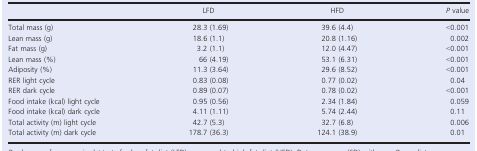
<table><thead><tr><td></td><td><b>LFD</b></td><td><b>HFD</b></td><td><b><i>P</i> value</b></td></tr></thead><tbody><tr><td>Total mass (g)</td><td>28.3 (1.69)</td><td>39.6 (4.4)</td><td>&lt;0.001</td></tr><tr><td>Lean mass (g)</td><td>18.6 (1.1)</td><td>20.8 (1.16)</td><td>0.002</td></tr><tr><td>Fat mass (g)</td><td>3.2 (1.1)</td><td>12.0 (4.47)</td><td>&lt;0.001</td></tr><tr><td>Lean mass (%)</td><td>66 (4.19)</td><td>53.1 (6.31)</td><td>&lt;0.001</td></tr><tr><td>Adiposity (%)</td><td>11.3 (3.64)</td><td>29.6 (8.52)</td><td>&lt;0.001</td></tr><tr><td>RER light cycle</td><td>0.83 (0.08)</td><td>0.77 (0.02)</td><td>0.04</td></tr><tr><td>RER dark cycle</td><td>0.89 (0.07)</td><td>0.78 (0.02)</td><td>&lt;0.001</td></tr><tr><td>Food intake (kcal) light cycle</td><td>0.95 (0.56)</td><td>2.34 (1.84)</td><td>0.059</td></tr><tr><td>Food intake (kcal) dark cycle</td><td>4.11 (1.11)</td><td>5.74 (2.44)</td><td>0.11</td></tr><tr><td>Total activity (m) light cycle</td><td>42.7 (5.3)</td><td>32.7 (6.8)</td><td>0.006</td></tr><tr><td>Total activity (m) dark cycle</td><td>178.7 (36.3)</td><td>124.1 (38.9)</td><td>0.01</td></tr></tbody></table>